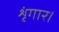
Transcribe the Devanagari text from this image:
शृंगार।